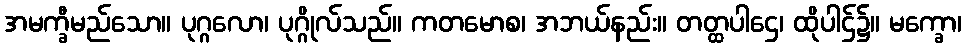
အမက္ခီမည်သော။ ပုဂ္ဂလော၊ ပုဂ္ဂိုလ်သည်။ ကတမောစ၊ အဘယ်နည်း။ တတ္ထပါဌေ၊ ထိုပါဌ်၌။ မက္ခော၊